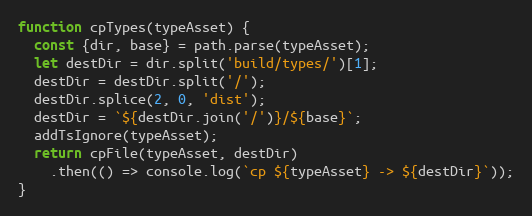
Language: JavaScript
function cpTypes(typeAsset) {
  const {dir, base} = path.parse(typeAsset);
  let destDir = dir.split('build/types/')[1];
  destDir = destDir.split('/');
  destDir.splice(2, 0, 'dist');
  destDir = `${destDir.join('/')}/${base}`;
  addTsIgnore(typeAsset);
  return cpFile(typeAsset, destDir)
    .then(() => console.log(`cp ${typeAsset} -> ${destDir}`));
}